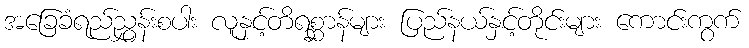
အခြေခံရည်ညွှန်းစပါး လူနှင့်တိရစ္ဆာန်များ ပြည်နယ်နှင့်တိုင်းများ ကောင်းကွက်